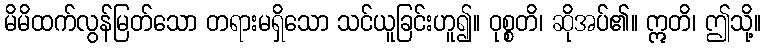
မိမိထက်လွန်မြတ်သော တရားမရှိသော သင်ယူခြင်းဟူ၍။ ဝုစ္စတိ၊ ဆိုအပ်၏။ ဣတိ၊ ဤသို့။